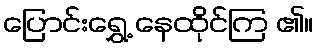
ပြောင်းရွှေ့ နေထိုင်ကြ ၏။